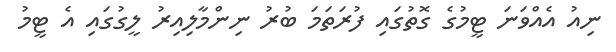
ނިއު އެއްވަނަ ޓީމުގެ ގޮތުގައި ފުރަތަމަ ބުރު ނިންމާލިއިރު ލީގުގައި އެ ޓީމު